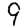
Digit: 9